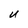
Character: U